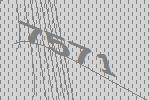
7571